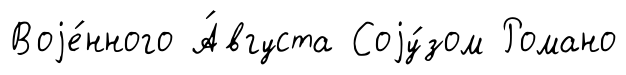
Воjе́нного А́вгуста Соjу́зом Романо